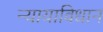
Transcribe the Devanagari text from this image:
न्यायाविधान